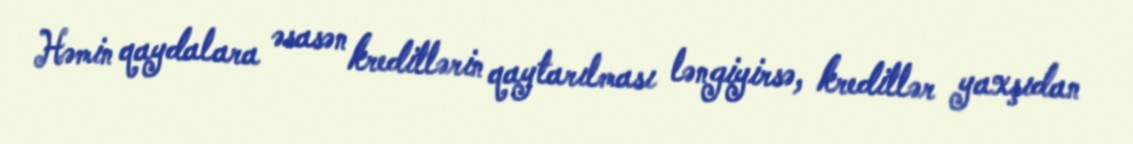
Həmin qaydalara əsasən kreditlərin qaytarılması ləngiyirsə, kreditlər yaxşıdan